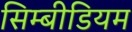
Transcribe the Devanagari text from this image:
सिम्बीडियम